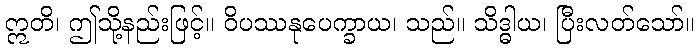
ဣတိ၊ ဤသို့နည်းဖြင့်။ ဝိပဿနုပေက္ခာယ၊ သည်။ သိဒ္ဓါယ၊ ပြီးလတ်သော်။